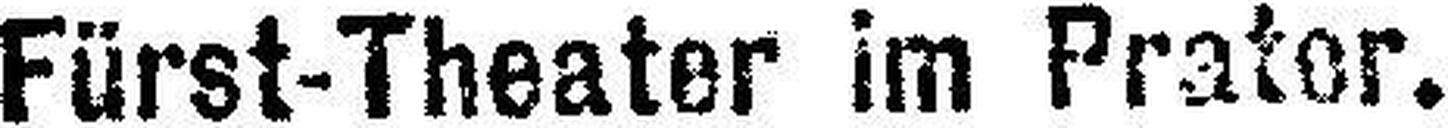
Fürst-Theater im Prater.